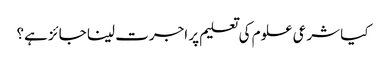
کیا شرعی علوم کی تعلیم پر اجرت لینا جائز ہے؟